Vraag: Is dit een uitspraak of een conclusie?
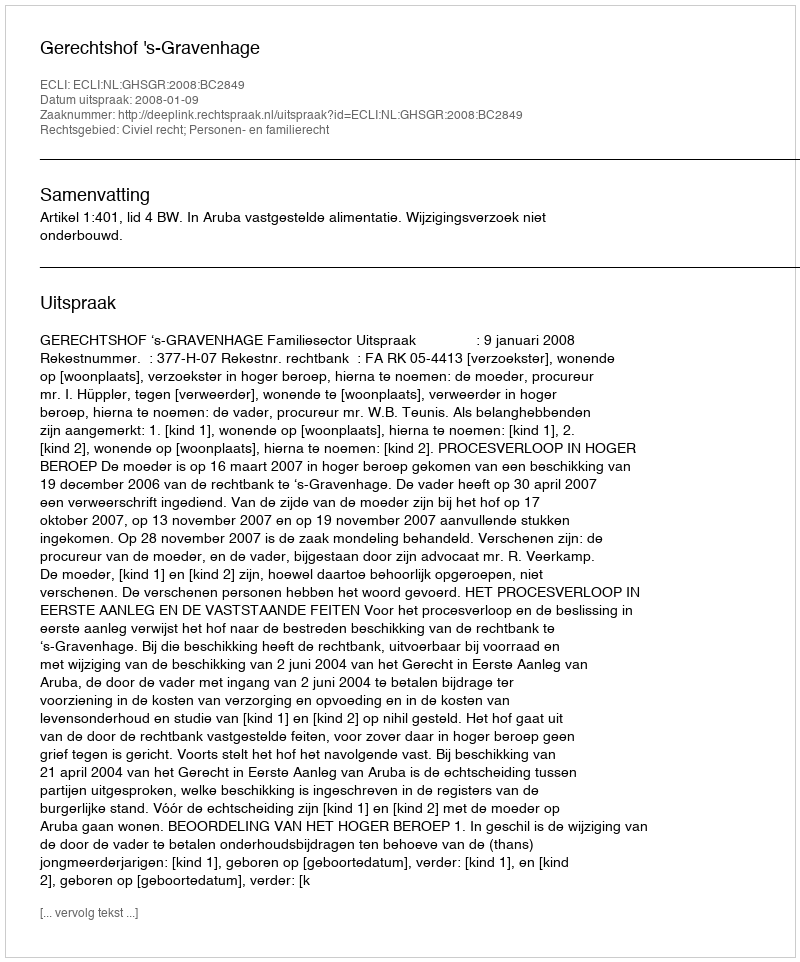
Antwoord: Uitspraak